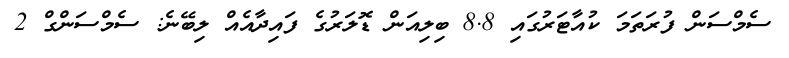
ސެމްސަން ފުރަތަމަ ކުއާޓަރުގައި 8.8 ބިލިއަން ޑޮލަރުގެ ފައިދާއެއް ލިބޭނެ: ސެމްސަންގް 2